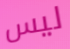
ليس